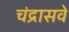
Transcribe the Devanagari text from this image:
चंद्रासवे